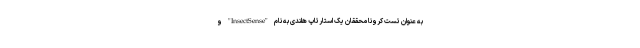
به عنوان تست کرونا محققان یک استارتاپ هلندی به نام "InsectSense" و